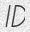
ID